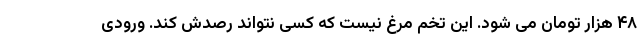
۴۸ هزار تومان می شود. این تخم مرغ نیست که کسی نتواند رصدش کند. ورودی